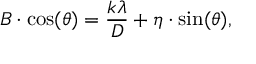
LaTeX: B \cdot \cos ( \theta ) = { \frac { k \lambda } { D } } + \eta \cdot \sin ( \theta ) ,